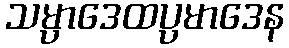
သမ္ပာဒေထပ္ပမာဒေန